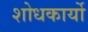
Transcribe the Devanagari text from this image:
शोधकार्यो